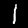
Label: 1